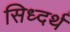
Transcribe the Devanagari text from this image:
सिध्दर्थ